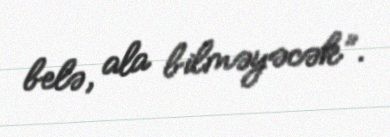
belə, ala bilməyəcək”.